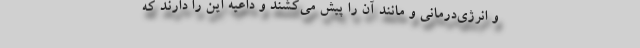
و انرژی‌درمانی و مانند آن را پیش می‌کشند و داعیه این را دارند که